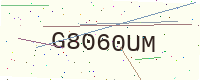
Text: G8060UM